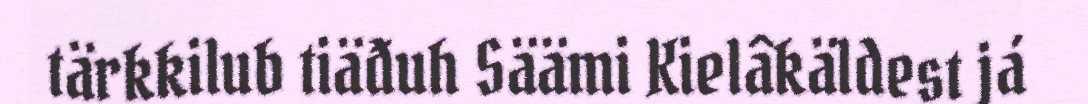
tärkkilub tiäđuh Säämi Kielâkäldest já